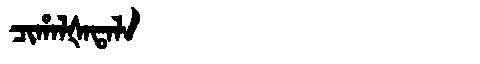
Manchu: ᠴᡳᡥᠠᠯᡧᠠᡨᠠᠯᠠ
Romanization: CIHALŠATALA